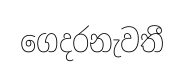
ගෙදරනැවතී